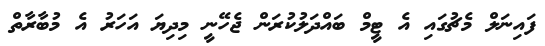
ފައިނަލް މެޗުގައި އެ ޓީމް ބައްދަލުކުރަން ޖެހޭނީ މިދިޔަ އަހަރު އެ މުބާރާތް